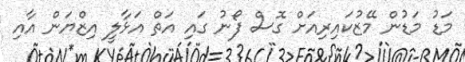
މަޑު މަޑުން މޭޒުކައިރިއަށް ގޮސް ފޯނު ގައި އަތް އަޅާލީ އިޒްޔަން އާއި